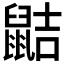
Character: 𪕖